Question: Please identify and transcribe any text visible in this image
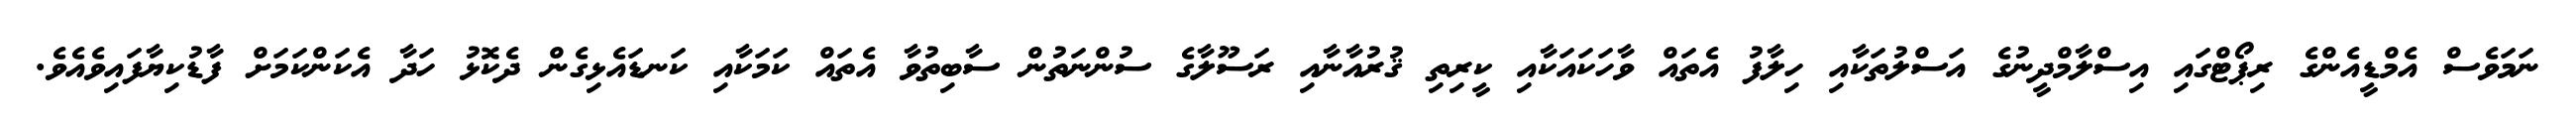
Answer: ނަމަވެސް އެމްޑީއެންގެ ރިޕޯޓްގައި އިސްލާމްދީނުގެ އަސްލުތަކާއި ހިލާފު އެތައް ވާހަކައަކާއި ކީރިތި ޤުރުއާނާއި ރަސޫލާގެ ސުންނަތުން ސާބިތުވާ އެތައް ކަމަކާއި ކަނޑައެޅިގެން ދެކޮޅު ހަދާ އެކަންކަމަށް ފާޑުކިޔާފައިވެއެވެ.